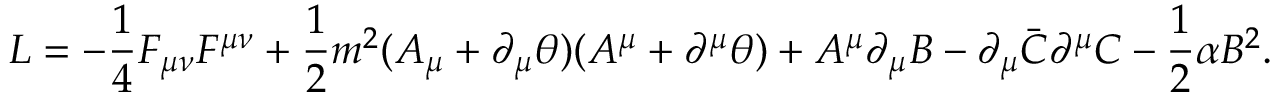
{ \cal L } = - \frac { 1 } { 4 } F _ { \mu \nu } F ^ { \mu \nu } + \frac { 1 } { 2 } m ^ { 2 } ( A _ { \mu } + \partial _ { \mu } \theta ) ( A ^ { \mu } + \partial ^ { \mu } \theta ) + A ^ { \mu } \partial _ { \mu } B - \partial _ { \mu } \bar { \cal C } \partial ^ { \mu } { \cal C } - \frac { 1 } { 2 } \alpha B ^ { 2 } .